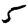
Digit: 5